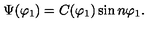
\Psi ( \varphi _ { 1 } ) = C ( \varphi _ { 1 } ) \sin n \varphi _ { 1 } .